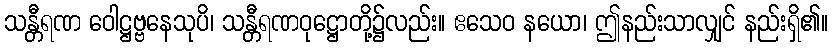
သန္တီရဏ ဝေါဋ္ဌဗ္ဗနေသုပိ၊ သန္တီရဏဝုဋ္ဌောတို့၌လည်း။ ဧသေဝ နယော၊ ဤနည်းသာလျှင် နည်းရှိ၏။